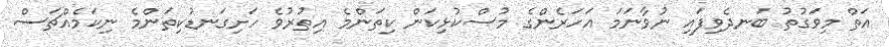
އަތް މިވަގުތު ބަނދެވިފައި ނުވާނަމަ އަހަރެންގެ މުސްކުޅިކަން ކިތަންމެ އިތުރުވެ ހަށިގަނޑުކިތަންމެ ނިކަމެއްޗަސް